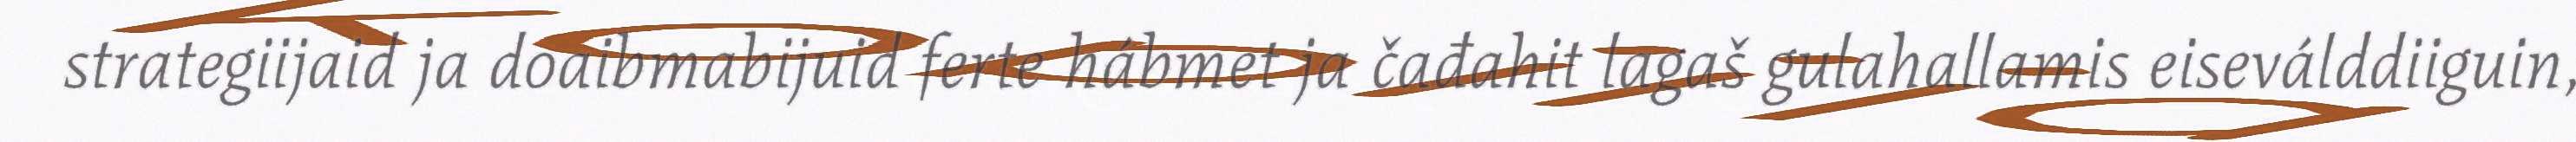
strategiijaid ja doaibmabijuid ferte hábmet ja čađahit lagaš gulahallamis eiseválddiiguin,